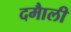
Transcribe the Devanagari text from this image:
दमाैली